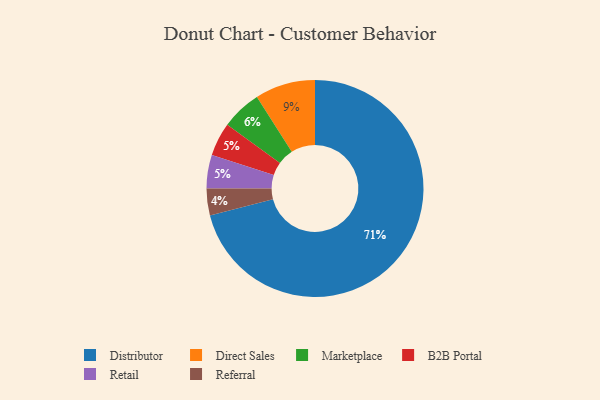
{"axis": {"x": "Category", "y": "Percentage"}, "legend": ["B2B Portal", "Direct Sales", "Distributor", "Marketplace", "Referral", "Retail"], "data": [{"x": "Marketplace", "y": 6, "type": "Marketplace"}, {"x": "Distributor", "y": 71, "type": "Distributor"}, {"x": "Referral", "y": 4, "type": "Referral"}, {"x": "B2B Portal", "y": 5, "type": "B2B Portal"}, {"x": "Direct Sales", "y": 9, "type": "Direct Sales"}, {"x": "Retail", "y": 5, "type": "Retail"}]}